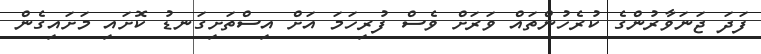
ފަދަ ޖަނަވާރުންގެ ކުރެހުންތައް ވަރަށް ވެސް ފުރިހަމަ އަށް އިސްތަށިގަނޑު ކޮށައި މަށައިގެން